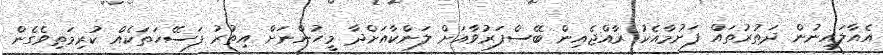
އެއާލައިނުން ދަތުރުތައް ފަށުމާއެކު ރާއްޖެއިން ބޭސްފަރުވާއަށް ލަންކާއަށްދާ މީހުންނަށް އިތުރު ފަސޭހަތަކެއް ކުރިމަތިވެގެން